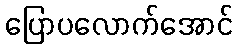
ပြောပလောက်အောင်